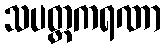
သပတ္တကရဏာ